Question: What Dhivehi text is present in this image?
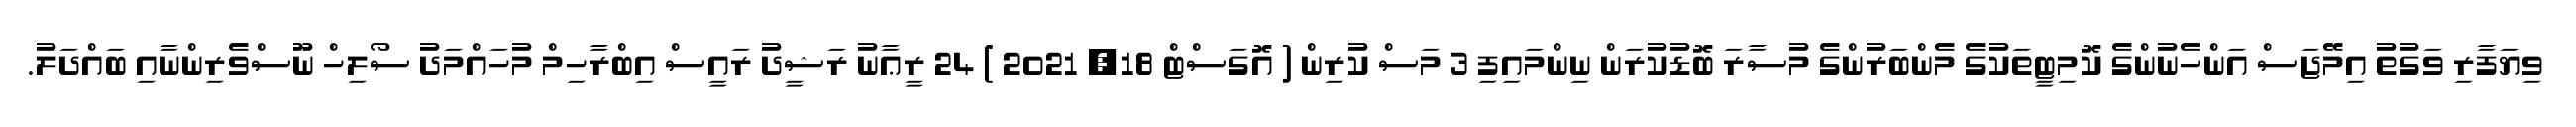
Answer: ވިޔަފާރި ވަގުތު އިމޭޖަސް އަންހެނުންގެ ކޮމިޓީތަކުގެ މެންބަރުންގެ މުސާރަ ބޮޑުކުރަން ނިންމައިފި 3 މަސް ކުރިން ( އޮގަސްޓް 18, 2021 ) 24 ރީޢާނު ރަޝީދު ރައީސް އިބްރާހިމް މުހައްމަދު ސޯލިހް ނޫސްވެރިންނާއި ބައްދަލު.